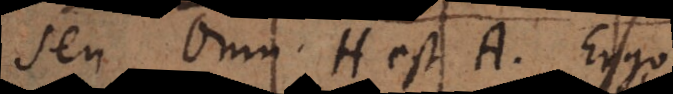
seu Omn. H est A, ergo